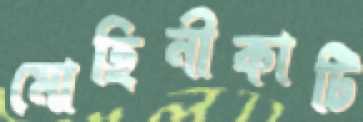
মোহিনীকাটি